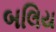
બલિય